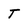
Character: T